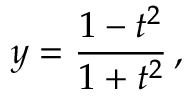
y = { \frac { 1 - t ^ { 2 } } { 1 + t ^ { 2 } } } \, ,